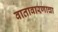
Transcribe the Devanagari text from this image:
वातावारणाचा